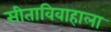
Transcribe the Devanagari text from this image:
सीताविवाहाला